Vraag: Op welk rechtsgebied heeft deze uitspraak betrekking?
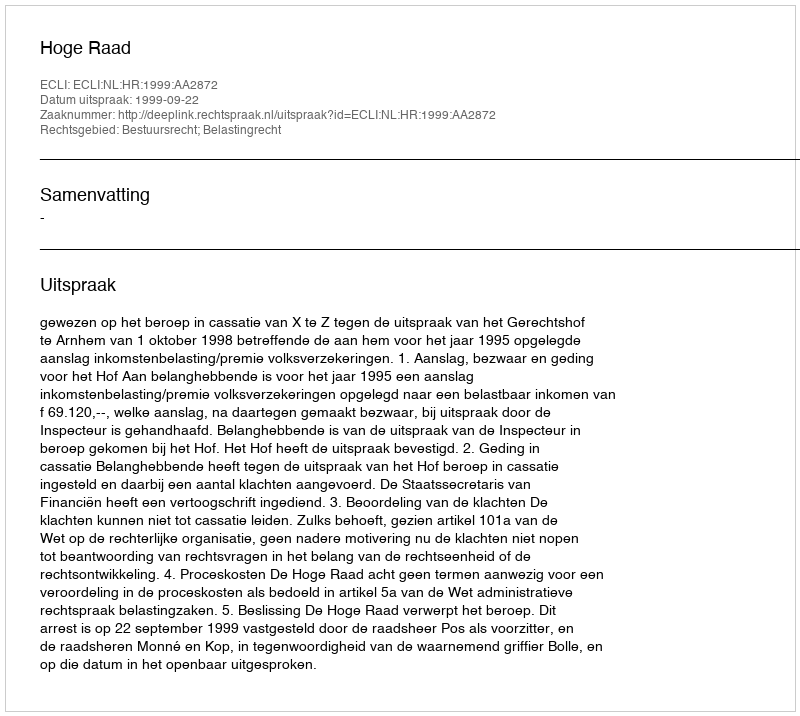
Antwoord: Bestuursrecht; Belastingrecht